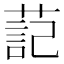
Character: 䓽